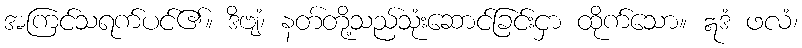
အကြင်သရက်ပင်၏။ ဒိဗျံ၊ နတ်တို့သည်သုံးဆောင်ခြင်းငှာ ထိုက်သော။ ဣဒံ ဖလံ၊